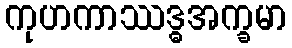
ကုဟကာဿဒ္ဓအက္ခမာ